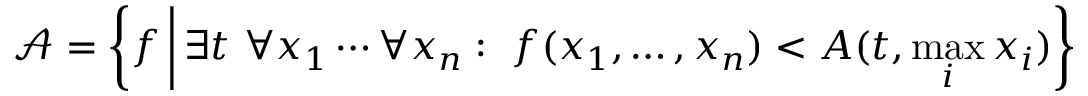
{ \mathcal { A } } = \left\{ f \, { \bigg | } \, \exists t \ \forall x _ { 1 } \cdots \forall x _ { n } : \ f ( x _ { 1 } , \ldots , x _ { n } ) < A ( t , \operatorname* { m a x } _ { i } x _ { i } ) \right\}